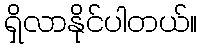
ရှိလာနိုင်ပါတယ်။